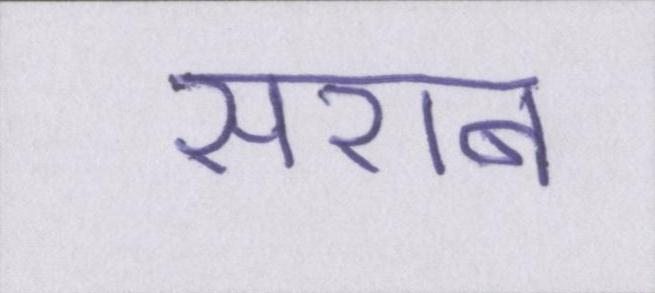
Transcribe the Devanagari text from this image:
सराब